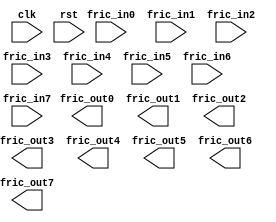
module fric_switch_8port
  (
   clk,
   rst,
   fric_in0,
   fric_out0,
   fric_in1,
   fric_out1,
   fric_in2,
   fric_out2,
   fric_in3,
   fric_out3,
   fric_in4,
   fric_out4,
   fric_in5,
   fric_out5,
   fric_in6,
   fric_out6,
   fric_in7,
   fric_out7
   );

   // In/Out declarations
   input           clk;
   input 	   rst;
   input [7:0] 	   fric_in0;
   output [7:0]    fric_out0;
   input [7:0] 	   fric_in1;
   output [7:0]    fric_out1;
   input [7:0] 	   fric_in2;
   output [7:0]    fric_out2;
   input [7:0] 	   fric_in3;
   output [7:0]    fric_out3;
   input [7:0] 	   fric_in4;
   output [7:0]    fric_out4;
   input [7:0] 	   fric_in5;
   output [7:0]    fric_out5;
   input [7:0] 	   fric_in6;
   output [7:0]    fric_out6;
   input [7:0] 	   fric_in7;
   output [7:0]    fric_out7;

   // Parameters

   // Regs and Wires

   // RTL or Instances

   /****************************************************************************
    * Subblock
    * 
    * Inputs:
    * 
    * Outputs:
    * 
    * Todo/Fixme:
    * 
    */
   

endmodule